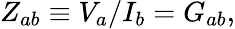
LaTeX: Z_{ab}\equiv V_{a}/I_{b}=G_{ab},